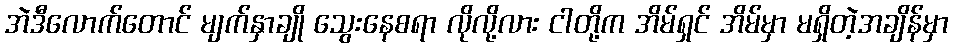
အဲဒီလောက်တောင် မျက်နှာချို သွေးနေစရာ လိုလို့လား ငါတို့က အိမ်ရှင် အိမ်မှာ မရှိတဲ့အချိန်မှာ